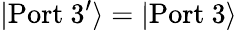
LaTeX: |\mathrm{Port\ 3^{\prime}}\rangle=|\mathrm{Port\ 3}\rangle